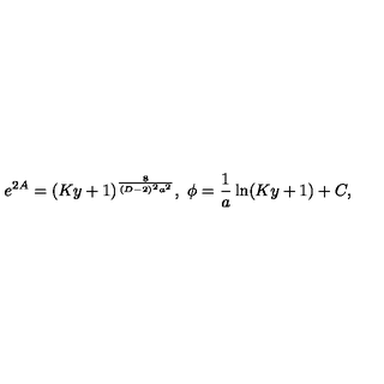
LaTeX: e ^ { 2 A } = ( K y + 1 ) ^ { \frac { 8 } { ( D - 2 ) ^ { 2 } a ^ { 2 } } } , \ \phi = { \frac { 1 } { a } } \ln ( K y + 1 ) + C ,